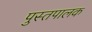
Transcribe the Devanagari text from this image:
पुस्तपालक